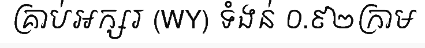
គ្រាប់អក្សរ (WY) ទំងន់ ០.៩២ក្រាម